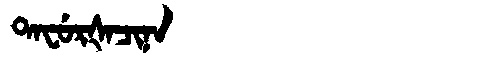
Manchu: ᡨᠠᠸᡠᡵᡧᠠᠴᡳᠨᠠ
Romanization: TAFURŠACINA